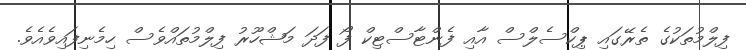
ފިލްމުތަކުގެ ތެރޭގައި ޕިކްސެލްސް އާއި ފެންޓާސްޓިކް ފޯ ފަދަ މަޝްހޫރު ފިލްމުތައްވެސް ހިމެނިފައިވެއެވެ.